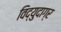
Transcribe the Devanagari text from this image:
विद्युदाग्र